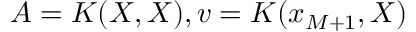
A = K ( X , X ) , v = K ( x _ { M + 1 } , X )